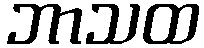
ဘာသထ